Civil Veterinary Department. Madras. Admin. report 1926-33 - 1926-1933
Year: 1926
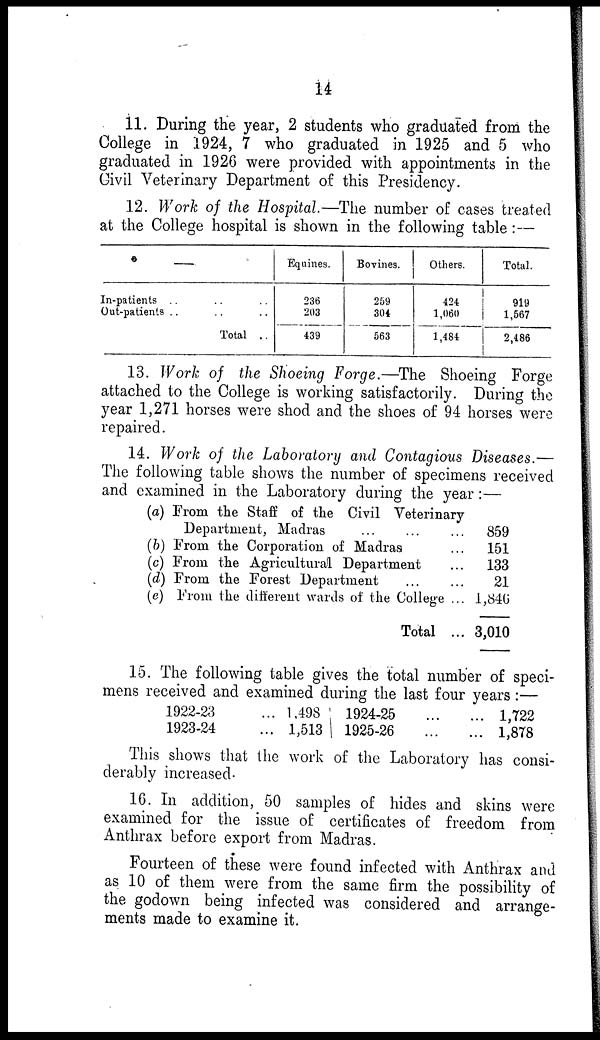
14
11. During the year, 2 students who graduated from the
College in 1924, 7 who graduated in 1925 and 5 who
graduated in 1926 were provided with appointments in the
Civil Veterinary Department of this Presidency.
12. Work of the Hospital.—The number of cases treated
at the College hospital is shown in the following table:—
—
In-patients .. .. ..
Out-patients .. .. ..
Total ..
Equines.
236
203
439
Bovines.
259
304
563
Others.
424
1,060
1,484
Total.
919
1,567
2,486
13. Work of the Shoeing Forge.—The Shoeing Forge
attached to the College is working satisfactorily. During the
year 1,271 horses were shod and the shoes of 94 horses were
repaired.
14. Work of the Laboratory and Contagious Diseases.—
The following table shows the number of specimens received
and examined in the Laboratory during the year:—
(a)
(b)
(c)
(d)
(e)
From the Staff of the Civil Veterinary
Department, Madras ... ... ...
From the Corporation of Madras ...
From the Agricultural Department ...
From the Forest Department
...
...
From the different wards of the College ...
Total ...
859
151
133
21
1,846
3,010
15. The following table gives the total number of speci-
mens received and examined during the last four years:—
1922-23 ...
1923-24 ...
1,498
1,513
1924-25 ... ...
1925-26 ... ...
1,722
1,878
This shows that the work of the Laboratory has consi-
derably increased.
16. In addition, 50 samples of hides and skins were
examined for the issue of certificates of freedom from
Anthrax before export from Madras.
Fourteen of these were found infected with Anthrax and
as 10 of them were from the same firm the possibility of
the godown being infected was considered and arrange-
ments made to examine it.